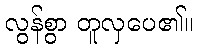
လွန်စွာ တူလှပေ၏။